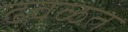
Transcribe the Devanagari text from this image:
ढवळत